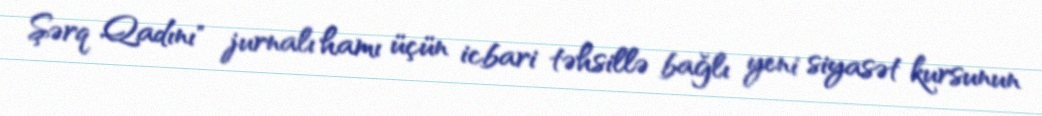
Şərq Qadını" jurnalı hamı üçün icbari təhsillə bağlı yeni siyasət kursunun